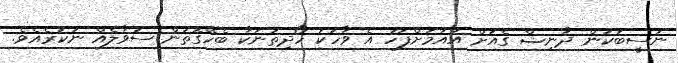
ނަސީބަކުން ދާނިޝް ގެއަށް އައުމަށްފަހު އެ ވާހަކަ ހޯދިތަނަކާ ބެހޭގޮތުން ސުވާލެއް ނުކުރެއެވެ.